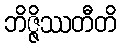
ဘိဇ္ဇိဿတီတိ